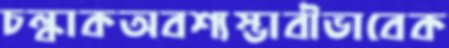
চল্‌কাকঅবশ্যম্ভাবীভাবেক